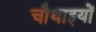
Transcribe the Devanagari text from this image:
चौथाइयों